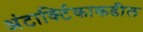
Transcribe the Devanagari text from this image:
अंटार्क्टिकाकडील